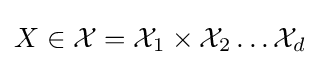
X\in {\mathcal {X}}={\mathcal {X}}_{1}\times {\mathcal {X}}_{2}\dots {\mathcal {X}}_{d}